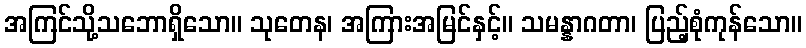
အကြင်သို့သဘောရှိသော။ သုတေန၊ အကြားအမြင်နှင့်။ သမန္နာဂတာ၊ ပြည့်စုံကုန်သော။